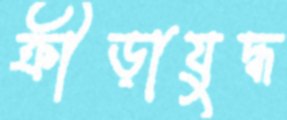
ক্রীড়াযুদ্ধ